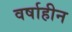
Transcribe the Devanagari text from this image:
वर्षाहीन